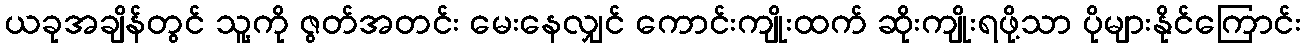
ယခုအချိန်တွင် သူ့ကို ဇွတ်အတင်း မေးနေလျှင် ကောင်းကျိုးထက် ဆိုးကျိုးရဖို့သာ ပိုများနိုင်ကြောင်း